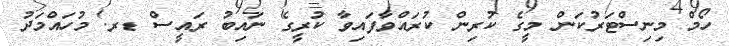
ހޯމް މިނިސްޓަރުކަން މީގެ ކުރިން ކުރައްވާފައިވާ ކުރީގެ ނައިބު ރައީސް ޑރ. މުހައްމަދު